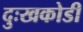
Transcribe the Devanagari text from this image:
दुःखकोडी